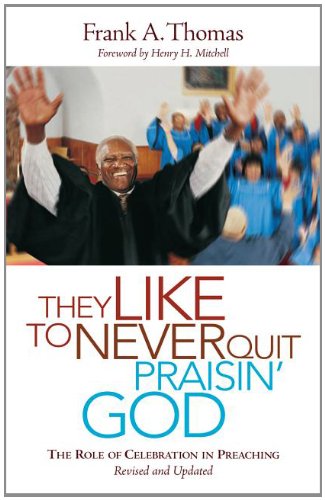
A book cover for They Like to Never Quit Praisin' God: The Role of Celebration in Preaching; Frank A. Thomas; Christian Books & Bibles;